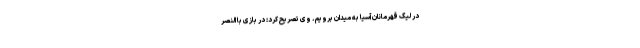
در لیگ قهرمانان آسیا به میدان برویم. وی تصریح کرد: در بازی با النصر